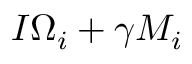
I \Omega _ { i } + \gamma M _ { i }